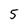
Character: 5